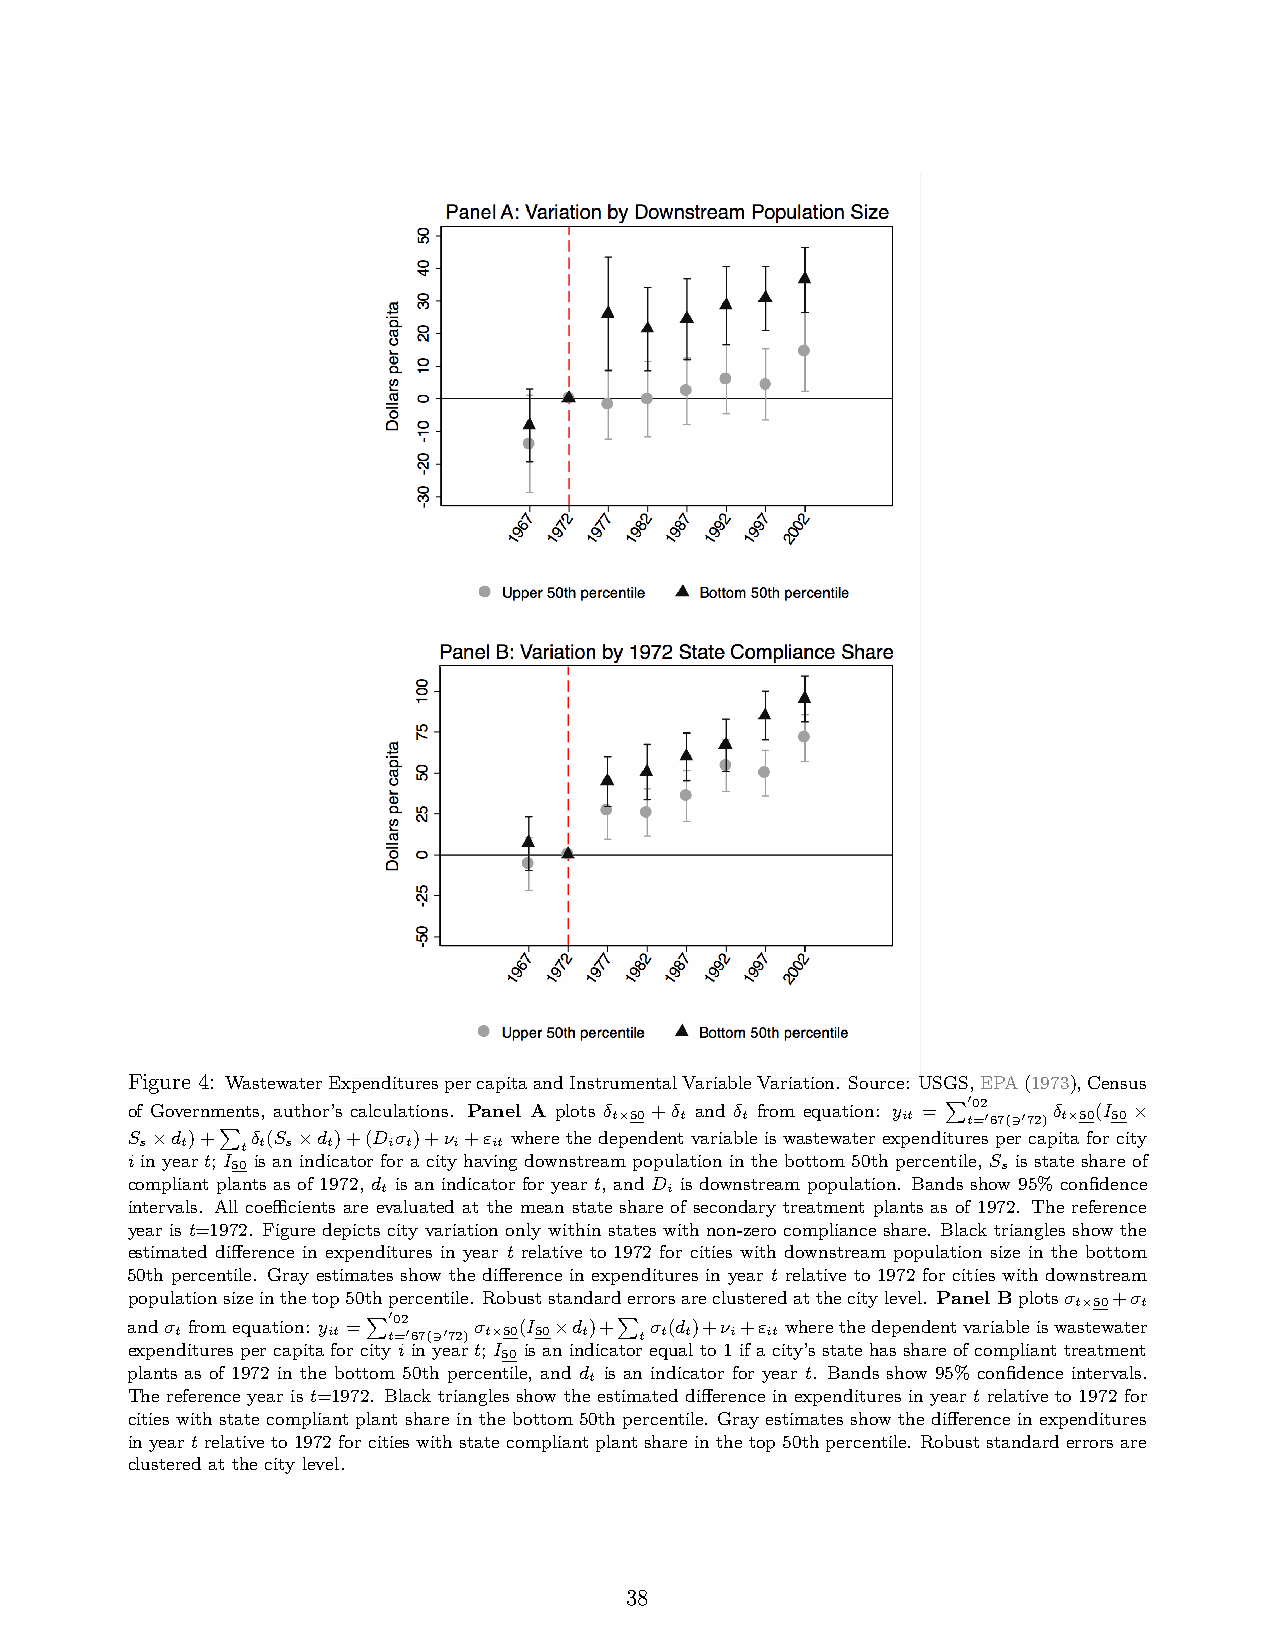
Figure 4: WastewaterExpenditurespercapitaandInstrumentalVariableVariation. Source: USGS,EPA(1973),Census
 of Governments, author’s calculations. Panel A plots δ +δ and δ from equation: y =
 P002
 δ  (I ×
 t×50 t   t          it  t=067(3072) t×50 50
 P
 S ×d )+  δ (S ×d )+(D σ )+ν +ε where the dependent variable is wastewater expenditures per capita for city
 s  t   t t s t   i t i  it
 i in year t; I is an indicator for a city having downstream population in the bottom 50th percentile, S is state share of
 50                                                 s
 compliant plants as of 1972, d is an indicator for year t, and D is downstream population. Bands show 95% confidence
 t                  i
 intervals. All coefficients are evaluated at the mean state share of secondary treatment plants as of 1972. The reference
 year is t=1972. Figure depicts city variation only within states with non-zero compliance share. Black triangles show the
 estimated difference in expenditures in year t relative to 1972 for cities with downstream population size in the bottom
 50th percentile. Gray estimates show the difference in expenditures in year t relative to 1972 for cities with downstream
 populationsizeinthetop50thpercentile. Robuststandarderrorsareclusteredatthecitylevel. Panel Bplotsσ +σ
 t×50 t
 andσ fromequation: y
 =P002
 σ  (I ×d
 )+P
 σ (d )+ν +ε wherethedependentvariableiswastewater
 t         it  t=067(3072) t×50 50 t t t t i it
 expenditurespercapitaforcityiinyeart; I isanindicatorequalto1ifacity’sstatehasshareofcomplianttreatment
 50
 plants as of 1972 in the bottom 50th percentile, and d is an indicator for year t. Bands show 95% confidence intervals.
 t
 The reference year is t=1972. Black triangles show the estimated difference in expenditures in year t relative to 1972 for
 cities with state compliant plant share in the bottom 50th percentile. Gray estimates show the difference in expenditures
 inyeartrelativeto1972forcitieswithstatecompliantplantshareinthetop50thpercentile. Robuststandarderrorsare
 clustered at the city level.
 38